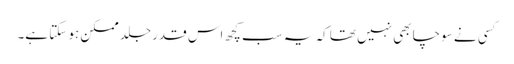
کسی نے سوچا بھی نہیں تھا کہ یہ سب کچھ اس قدر جلد ممکن ہو سکتا ہے۔